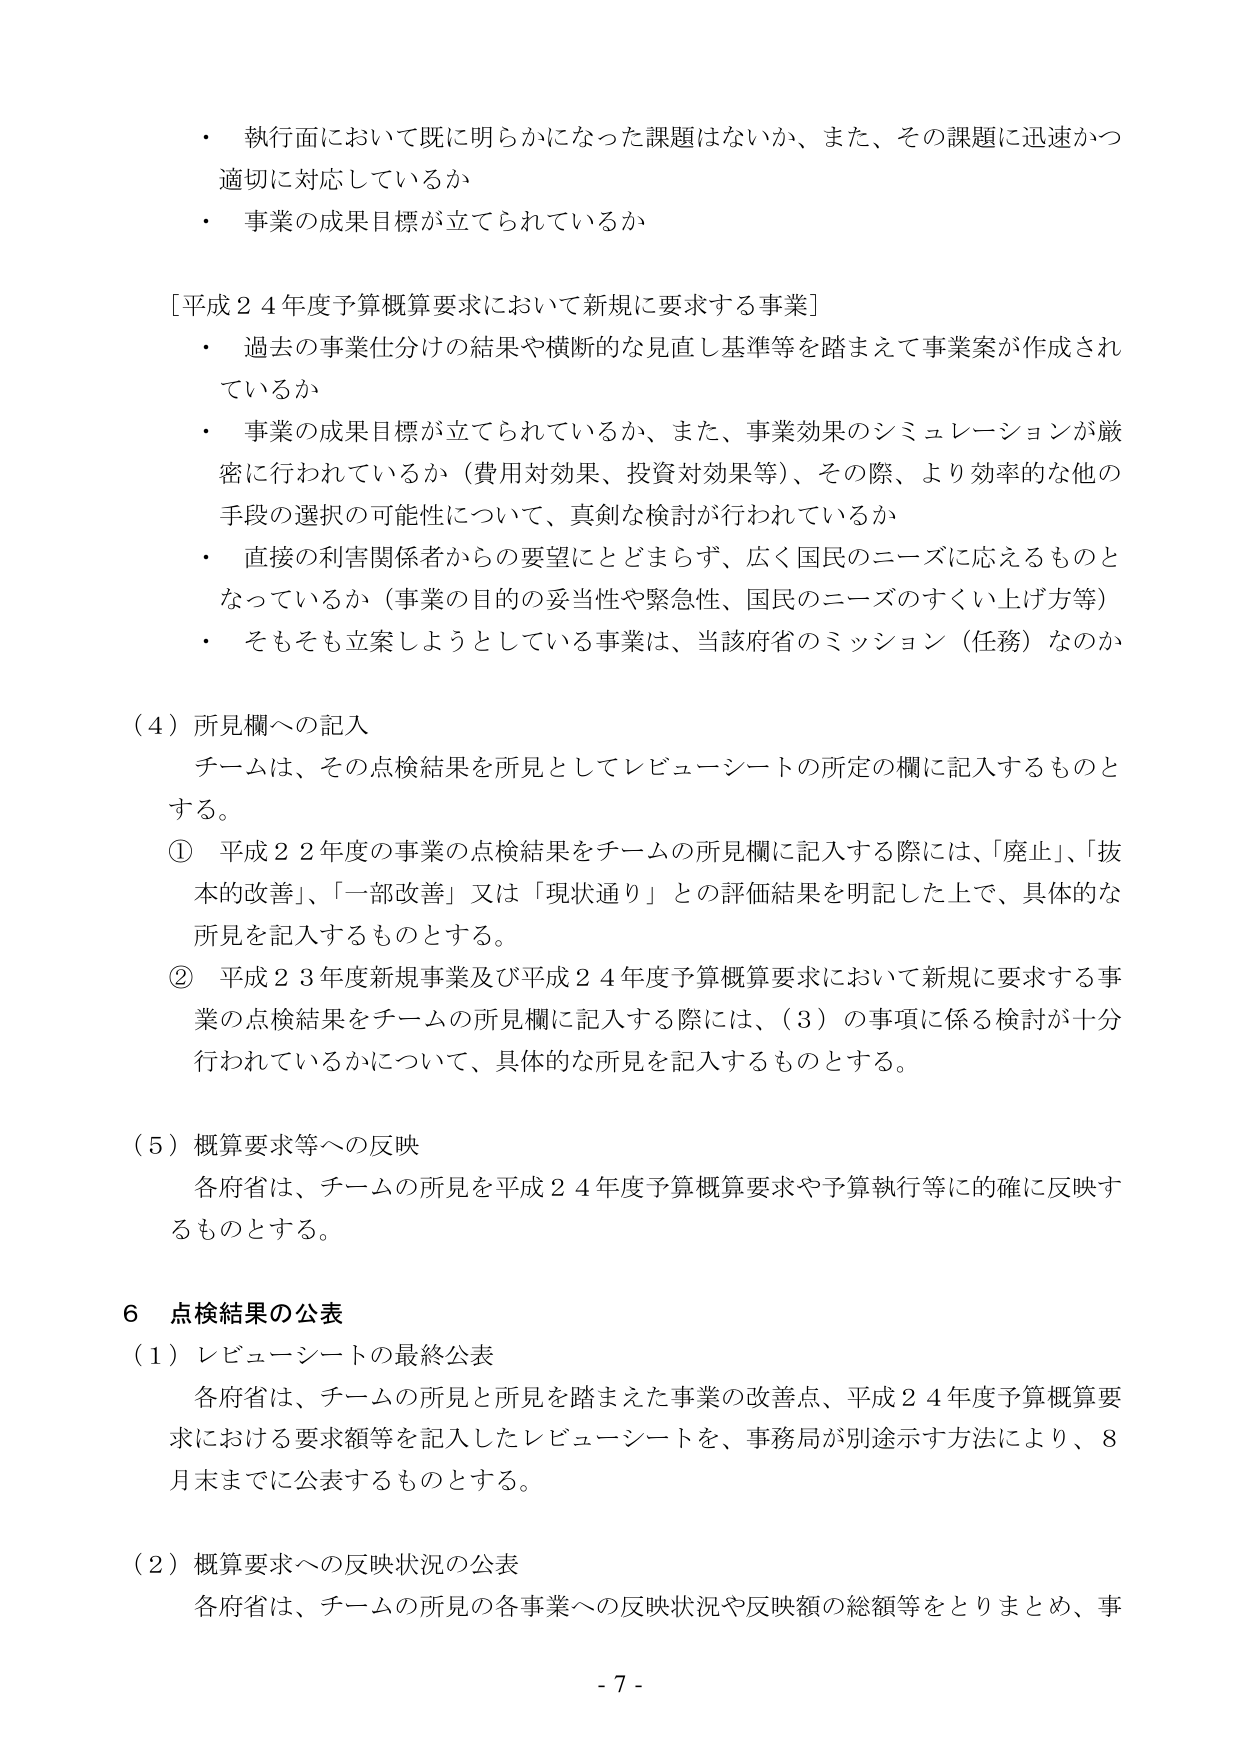
・ 執行面において既に明らかになった課題はないか、また、その課題に迅速かつ適切に対応しているか
・ 事業の成果目標が立てられているか

[平成２４年度予算概算要求において新規に要求する事業]
・ 過去の事業仕分けの結果や横断的な見直し基準等を踏まえて事業案が作成されているか
・ 事業の成果目標が立てられているか、また、事業効果のシミュレーションが厳密に行われているか（費用対効果、投資対効果等）、その際、より効率的な他の手段の選択の可能性について、真剣な検討が行われているか
・ 直接の利害関係者からの要望にとどまらず、広く国民のニーズに応えるものとなっているか（事業の目的の妥当性や緊急性、国民のニーズのすくい上げ方等）
・ そもそも立案しようとしている事業は、当該府省のミッション（任務）なのか

（４）所見欄への記入
チームは、その点検結果を所見としてレビューーシートの所定の欄に記入するものとする。
① 平成２２年度の事業の点検結果をチームの所見欄に記入する際には、「廃止」、「抜本的改善」、「一部改善」又は「現状通り」との評価結果を明記した上で、具体的な所見を記入するものとする。
② 平成２３年度新規事業及び平成２４年度予算概算要求において新規に要求する事業の点検結果をチームの所見欄に記入する際には、（３）の事項に係る検討が十分行われているかについて、具体的な所見を記入するものとする。

（５）概算要求等への反映
各府省は、チームの所見を平成２４年度予算概算要求や予算執行等に的確に反映するものとする。

６ 点検結果の公表
（１）レビューーシートの最終公表
各府省は、チームの所見と所見を踏まえた事業の改善点、平成２４年度予算概算要求における要求額等を記入したレビューーシートを、事務局が別途示す方法により、８月末までに公表するものとする。

（２）概算要求への反映状況の公表
各府省は、チームの所見の各事業への反映状況や反映額の総額等をとりまとめ、事

- 7 -